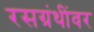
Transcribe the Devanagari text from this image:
रसग्रंथींवर